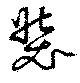
装